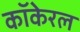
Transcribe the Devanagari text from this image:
कॉकेरल